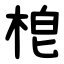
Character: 梎